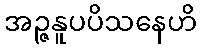
အဉ္ဇနူပပိသနေဟိ